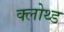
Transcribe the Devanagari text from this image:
क्लोथ्ड